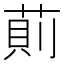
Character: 萴